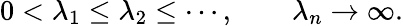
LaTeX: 0<\lambda_{1}\leq\lambda_{2}\leq\cdots,\qquad\lambda_{n}\to\infty.